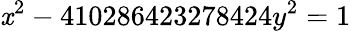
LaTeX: \mathit{x}^{2}-410286423278424y^{2}=1